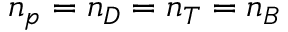
n _ { p } = n _ { D } = n _ { T } = n _ { B }